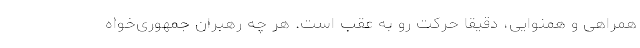
همراهی و همنوایی، دقیقا حرکت رو به عقب است. هر چه رهبران جمهوری‌خواه